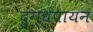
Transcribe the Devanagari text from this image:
दुग्धपायन